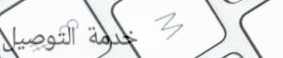
خدمة التوصيل